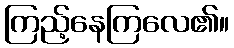
ကြည့်နေကြလေ၏။